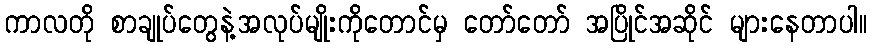
ကာလတို စာချုပ်တွေနဲ့အလုပ်မျိုးကိုတောင်မှ တော်တော် အပြိုင်အဆိုင် များနေတာပါ။